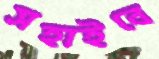
সহাইবে